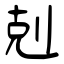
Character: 剋